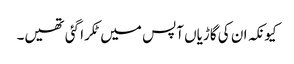
کیونکہ ان کی گاڑیاں آپس میں ٹکرا گئی تھیں۔